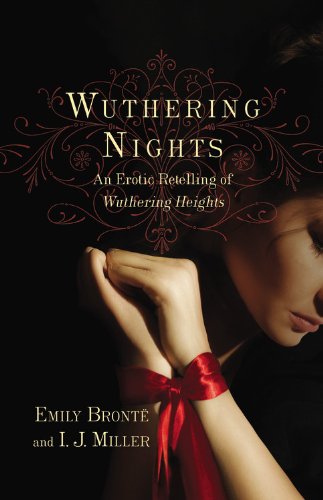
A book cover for Wuthering Nights: An Erotic Retelling of Wuthering Heights; Emily Bronte; Literature & Fiction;